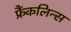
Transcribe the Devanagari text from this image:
फ्रैंकलिन्स